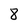
Character: 8